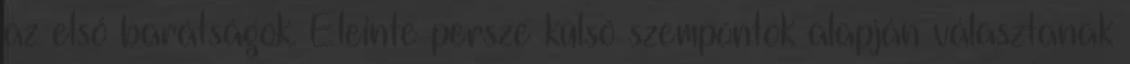
az első barátságok. Eleinte persze külső szempontok alapján választanak